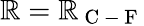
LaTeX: \mathbb{R}=\mathbb{R}_{\mathrm{{~C~-~F~}}}